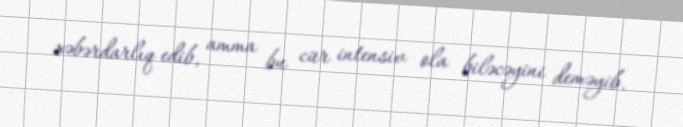
xəbərdarlıq edib, amma bu cür intensiv ola biləcəyini deməyib.